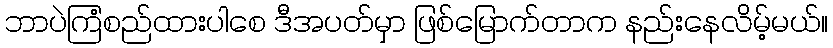
ဘာပဲကြံစည်ထားပါစေ ဒီအပတ်မှာ ဖြစ်မြောက်တာက နည်းနေလိမ့်မယ်။